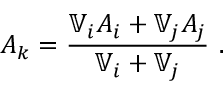
A _ { k } = \frac { \mathbb { V } _ { i } A _ { i } + \mathbb { V } _ { j } A _ { j } } { \mathbb { V } _ { i } + \mathbb { V } _ { j } } \mathrm { ~ . ~ }